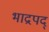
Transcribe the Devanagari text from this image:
भाद्रपद्